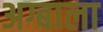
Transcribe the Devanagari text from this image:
अग्बाला